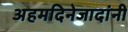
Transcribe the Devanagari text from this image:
अहमदिनेजादांनी